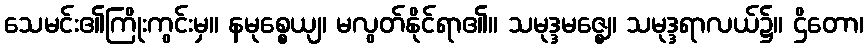
သေမင်း၏ကြိုးကွင်းမှ။ နမုစ္စေယျ၊ မလွတ်နိုင်ရာ၏။ သမုဒ္ဒမဇ္ဈေ၊ သမုဒ္ဒရာလယ်၌။ ဌိတော၊